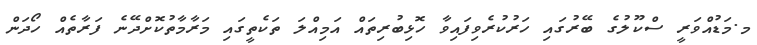
މ.މަޑުއްވަރީ ސްކޫލުގެ ބޭރުގައި ހަރުކުރެވިފައިވާ ހޮޅިބުރިތައް އަމިއްލަ ތަކެތީގައި މަރާމާތުކޮށްދޭނެ ފަރާތެއް ހޯދަން